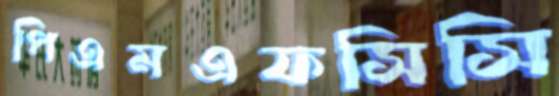
পিএমএফসিসি